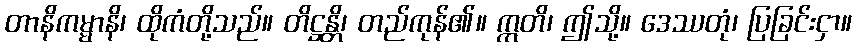
တာနိကမ္မာနိ၊ ထိုကံတို့သည်။ တိဋ္ဌန္တိ၊ တည်ကုန်၏။ ဣတိ၊ ဤသို့။ ဒေဿတုံ၊ ပြခြင်းငှာ။